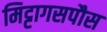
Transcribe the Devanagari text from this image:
मिट्टागसपौस